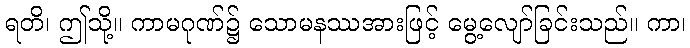
ရတိ၊ ဤသို့။ ကာမဂုဏ်၌ သောမနဿအားဖြင့် မွေ့လျော်ခြင်းသည်။ ကာ၊